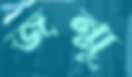
জন্মু